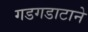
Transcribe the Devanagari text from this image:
गडगडाटाने